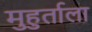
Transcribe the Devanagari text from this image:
मुहुर्ताला